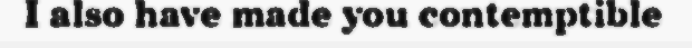
I also have made you contemptible